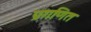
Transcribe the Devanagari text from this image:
प्रगणित